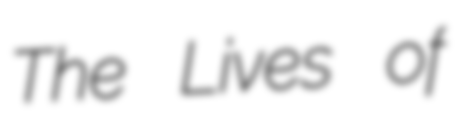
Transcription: The Lives of